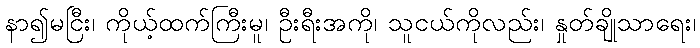
နာ၍မငြီး၊ ကိုယ့်ထက်ကြီးမူ၊ ဦးရီးအကို၊ သူငယ်ကိုလည်း၊ နှုတ်ချိုသာရေး၊